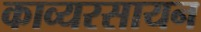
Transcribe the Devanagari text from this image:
काव्यरसायन